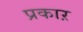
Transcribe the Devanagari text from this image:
प्रकाऱ